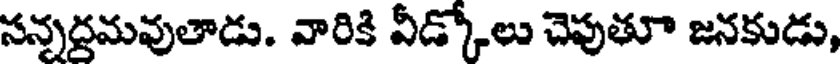
సన్నద్రమవుతాడు. వారికి వీడ్కోలు చెపుతూ జనకుడు,